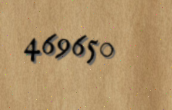
469650